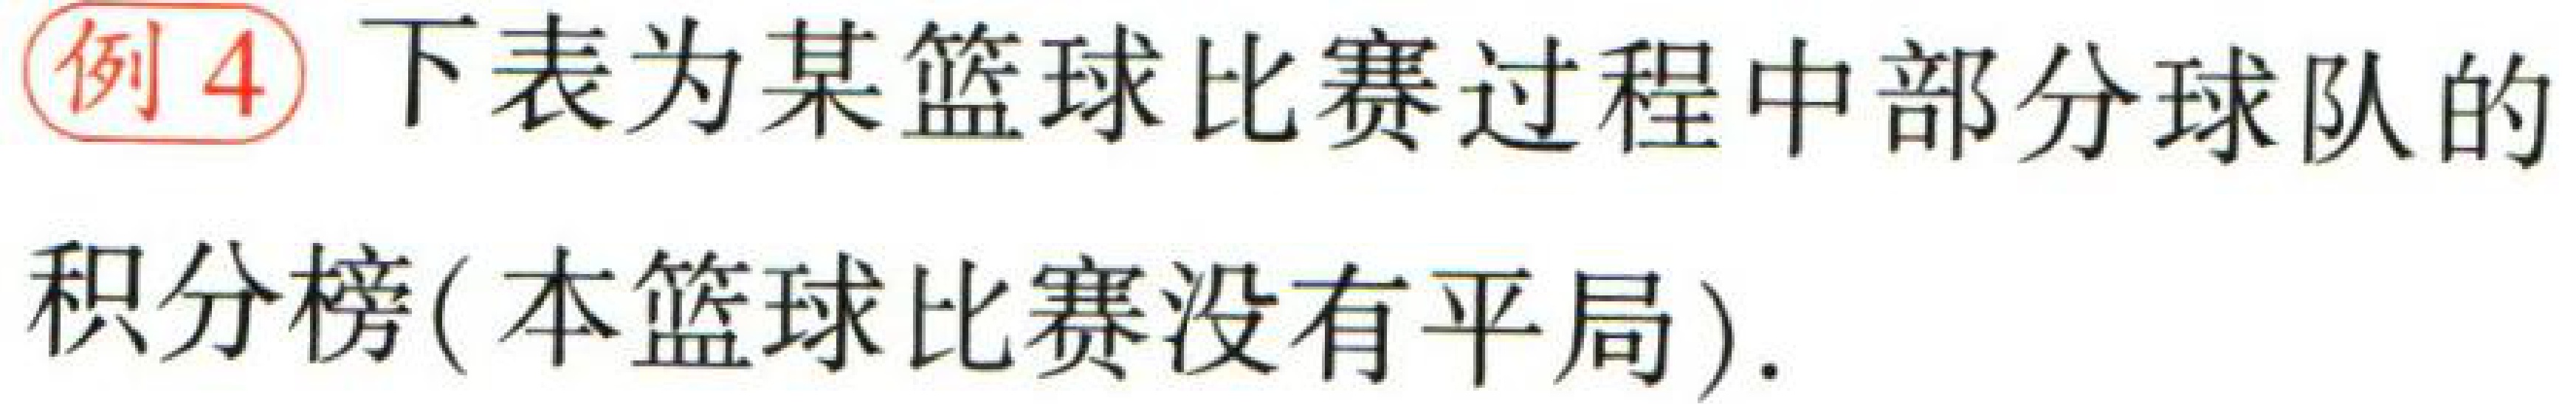
例4 下表为某篮球比赛过程中部分球队的

积分榜( 本篮球比赛没有平局).